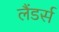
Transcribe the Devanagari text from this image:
लैंडर्स